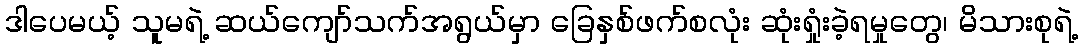
ဒါပေမယ့် သူမရဲ့ ဆယ်ကျော်သက်အရွယ်မှာ ခြေနှစ်ဖက်စလုံး ဆုံးရှုံးခဲ့ရမှုတွေ၊ မိသားစုရဲ့